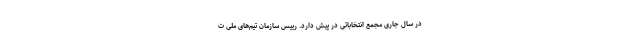
در سال جاری مجمع انتخاباتی در پیش دارد. رییس سازمان تیم‌های ملی ت